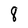
Character: 8